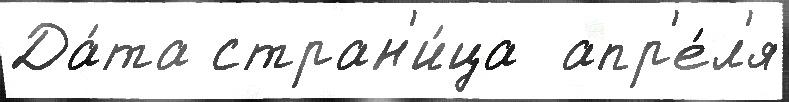
Да́та стран'и́ца  апр'е́л'я